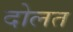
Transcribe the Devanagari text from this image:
दोलत